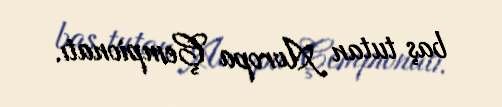
baş tutan Avropa Çempionatı.